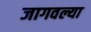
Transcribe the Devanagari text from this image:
जागवल्या